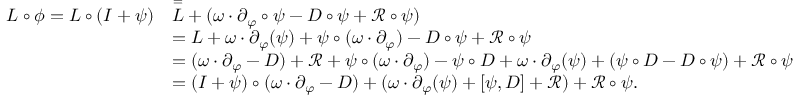
\begin{array} { r l } { L \circ \phi = L \circ ( I + \psi ) } & { \overset = L + ( \omega \cdot \partial _ { \varphi } \circ \psi - D \circ \psi + \mathcal { R } \circ \psi ) } \\ & { = L + \omega \cdot \partial _ { \varphi } ( \psi ) + \psi \circ ( \omega \cdot \partial _ { \varphi } ) - D \circ \psi + \mathcal { R } \circ \psi } \\ & { = ( \omega \cdot \partial _ { \varphi } - D ) + \mathcal { R } + \psi \circ ( \omega \cdot \partial _ { \varphi } ) - \psi \circ D + \omega \cdot \partial _ { \varphi } ( \psi ) + ( \psi \circ D - D \circ \psi ) + \mathcal { R } \circ \psi } \\ & { = ( I + \psi ) \circ ( \omega \cdot \partial _ { \varphi } - D ) + ( \omega \cdot \partial _ { \varphi } ( \psi ) + [ \psi , D ] + \mathcal { R } ) + \mathcal { R } \circ \psi . } \end{array}